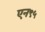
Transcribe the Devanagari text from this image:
एन९५